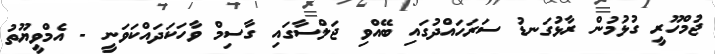
ޖުމްހޫރީ ގުޅުމުން ރާޅުގަނޑު ސަރަހައްދުގައި ބޭއްވި ޖަލްސާގައި ގާސިމް ވާހަކަދައްކަވަނީ - އެމްވީޔޫތު